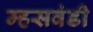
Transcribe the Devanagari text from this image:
म्हसवंडी